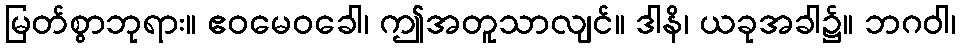
မြတ်စွာဘုရား။ ဧဝမေဝခေါ၊ ဤအတူသာလျင်။ ဒါနိ၊ ယခုအခါ၌။ ဘဂဝါ၊